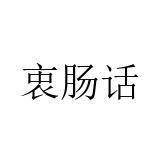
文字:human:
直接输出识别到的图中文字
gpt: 衷肠话